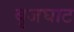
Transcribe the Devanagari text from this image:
बृजघाट